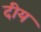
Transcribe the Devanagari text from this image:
दीय